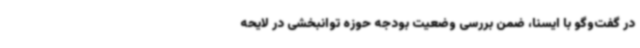
در گفت‌وگو با ایسنا، ضمن بررسی وضعیت بودجه حوزه توانبخشی در لایحه